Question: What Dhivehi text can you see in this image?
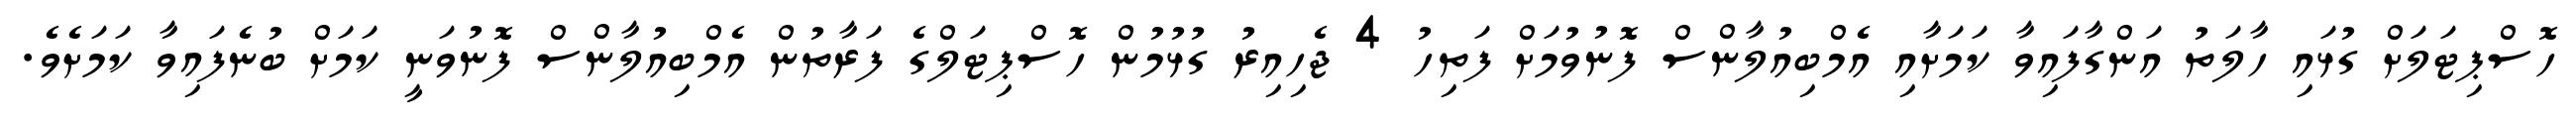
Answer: ހޮސްޕިޓަލަށް ގުޅައި ހާލަތު އަންގާފައިވާ ކަމަށާއި އެމްބިއުލާންސް ފޮނުވުމަށް ފަތިހު 4 ޖެހިއިރު ގުޅުމުން ހޮސްޕިޓަލްގެ ފަރާތުން އެމްބިއުލާންސް ފޮނުވަނީ ކަމަށް ބުނެފައިވާ ކަމަށެވެ.